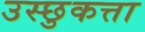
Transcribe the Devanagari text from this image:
उस्छुकत्ता